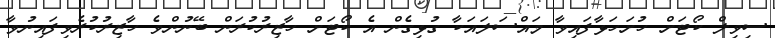
ސިވިލް ކޯޓަށް ހުށަހަޅާފައިވާ މައްސަލައަކާ ގުޅިގެން އެ ކޯޓަށް ހާޒިރުކުރަން ބޭނުންވެ ހާޒިރުކުރެވިފައިނުވާ